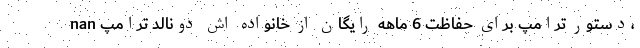
nan دستور ترامپ برای حفاظت 6 ماهه رایگان از خانواده اش دونالد ترامپ،